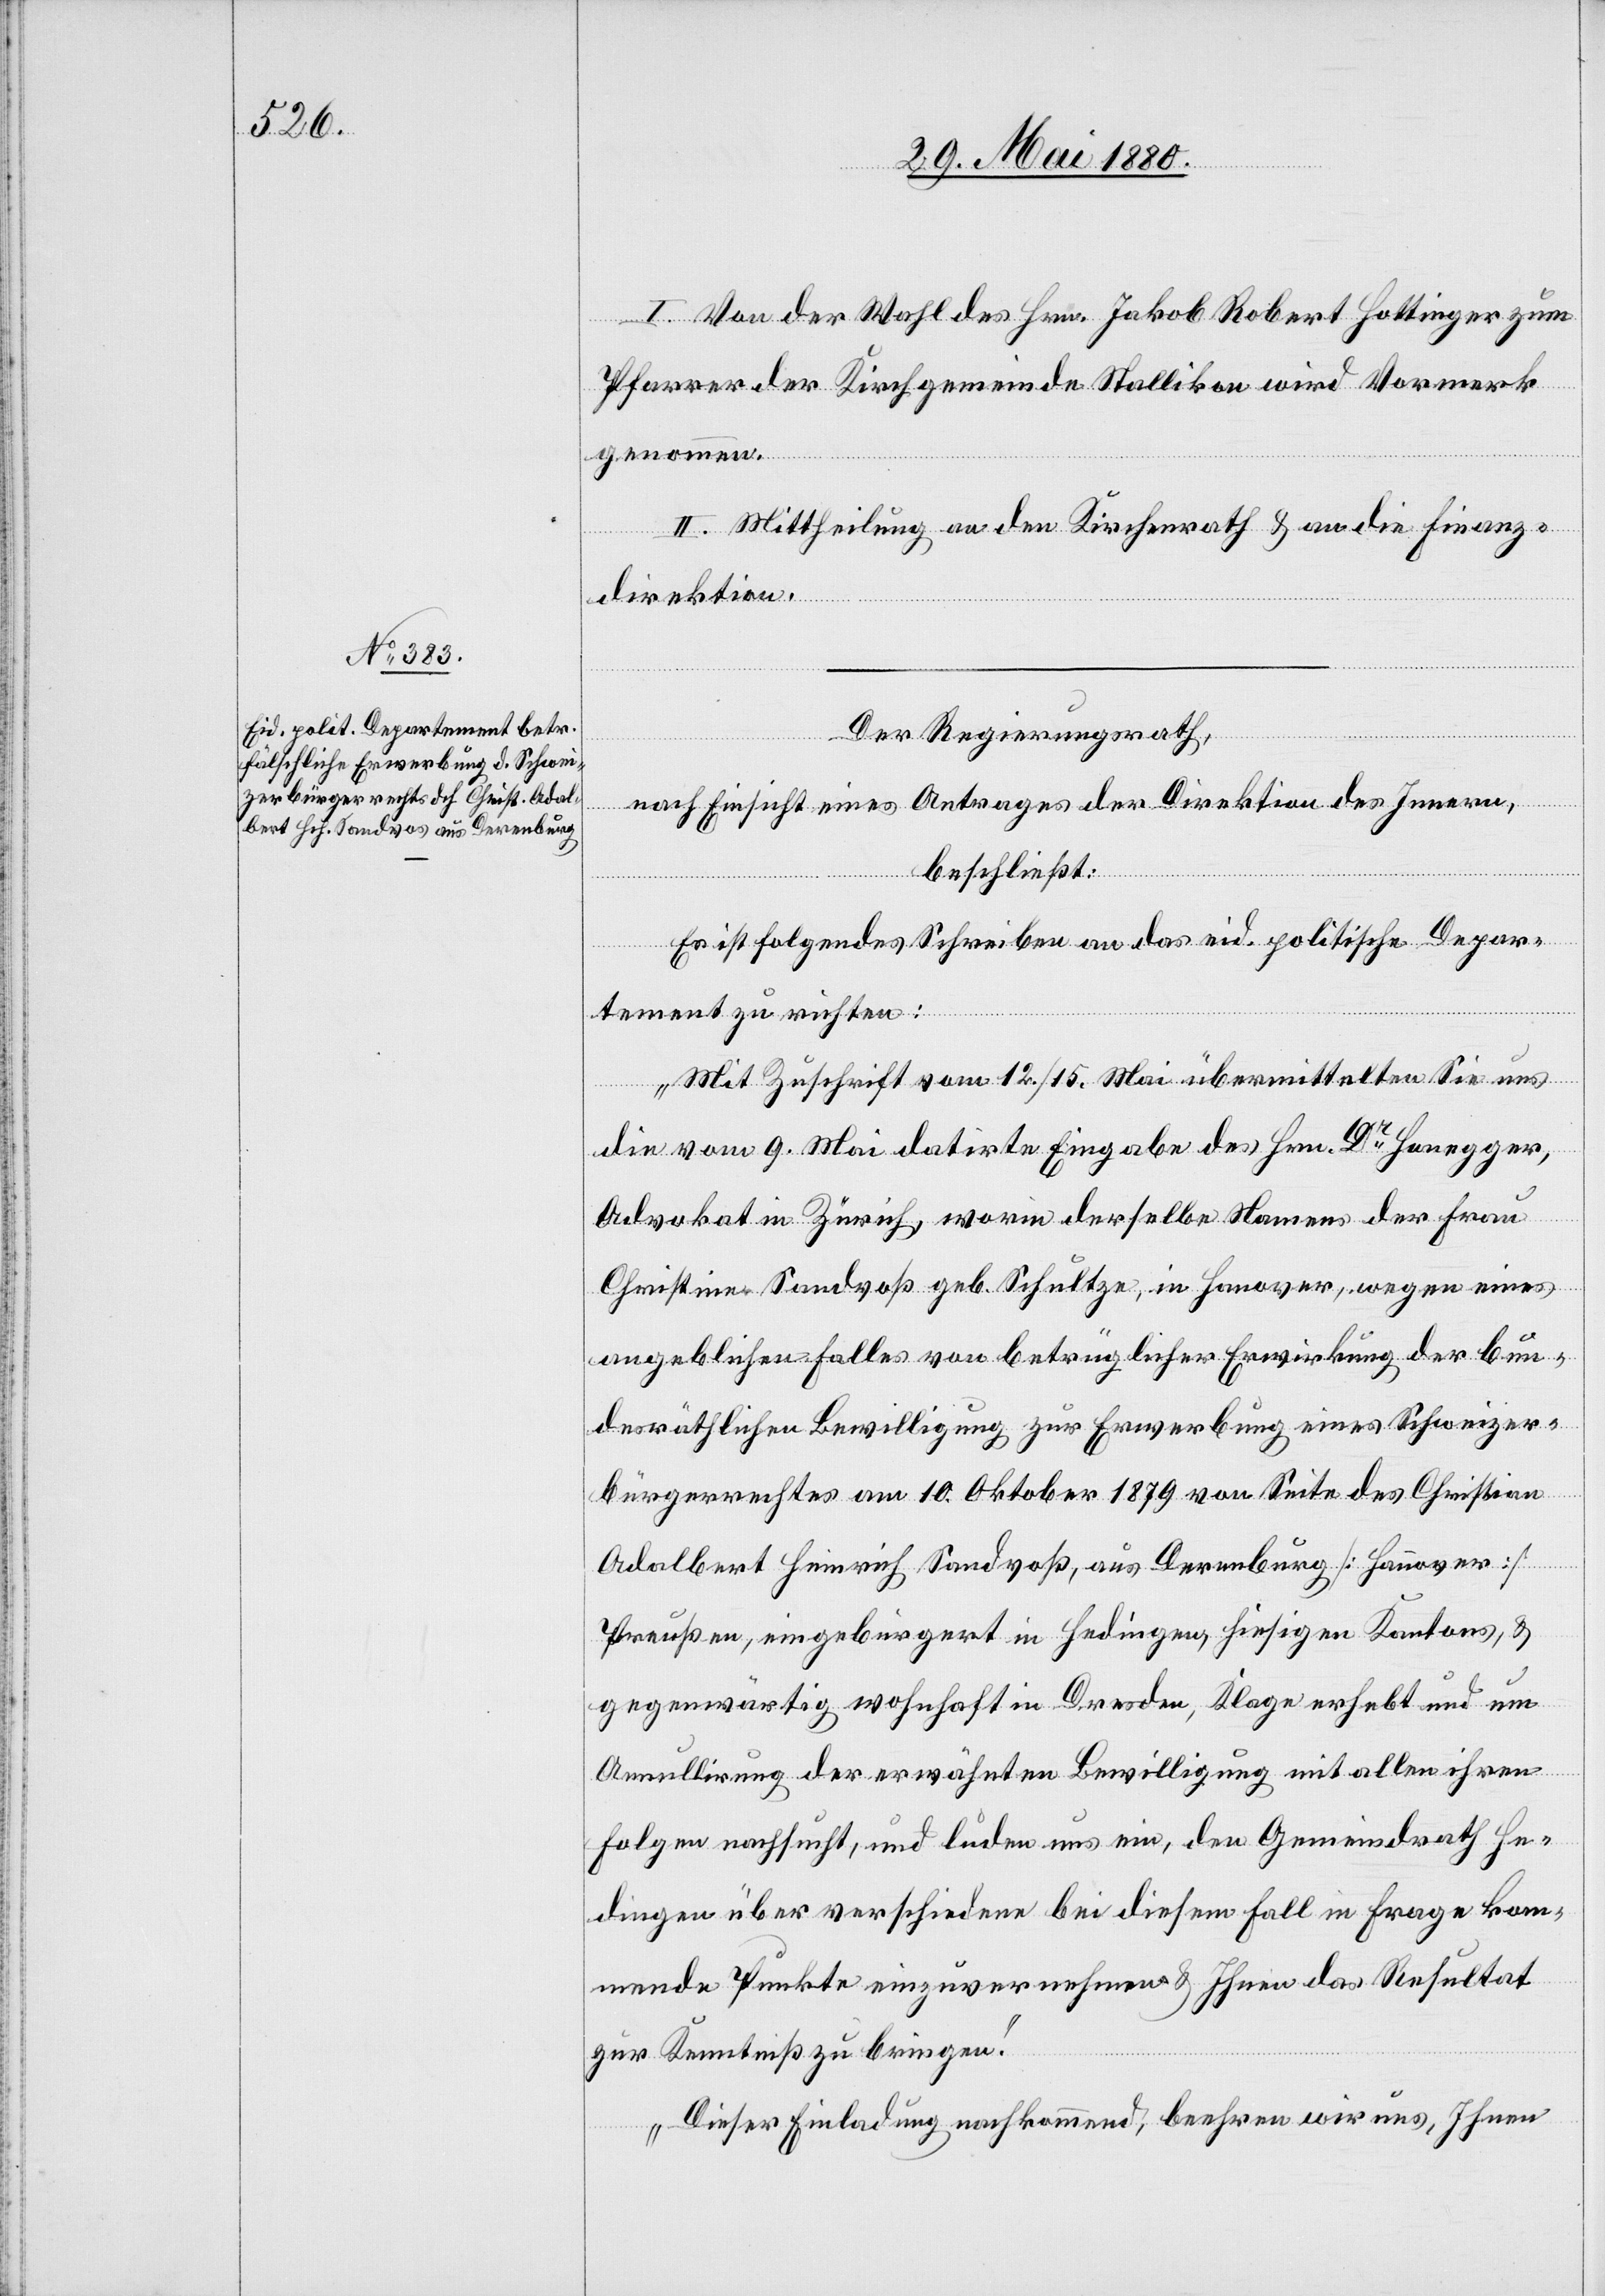
I. Von der Wahl des Hrn. Jakob Robert Hottinger zum
Pfarrer der Kirchgemeinde Stallikon wird Vormerk
II. Mittheilung an den Kirchenrath & an die Finanz¬
direktion.
Der Regierungsrath,
nach Einsicht eines Antrages der Direktion des Innern,
genommen.
beschließt:
Es ist folgendes Schreiben an das eid. politische Depar¬
tement zu richten:
„Mit Zuschrift vom 12./15. Mai übermittelten Sie uns
die vom 9. Mai datirte Eingabe des Hrn. Dr Honegger,
Advokat in Zürich, worin derselbe Namens der Frau
Christine Sandvoß [sic!] geb. Schultze, in Hanover, wegen eines
angeblichen Falles von betrüglicher Erwirkung der bun¬
desräthlichen Bewilligung zur Erwerbung eines Schweizer¬
bürgerrechtes am 10. Oktober 1879 von Seite des Christian
Adalbert Heinrich Sandvoß, aus Derenburg [Hannover
Preußen, eingebürgert in Hedingen, hiesigen Kantons, &
gegenwärtig wohnhaft in Dresden, Klage erhebt und um
Annulirung der erwähnten Bewilligung mit allen ihren
Folgen nachsucht, und luden uns ein, dem Gemeindrath He¬
dingen über verschiedene bei diesem Fall in Frage kom¬
mende Punkte einzuvernehmen & Ihnen das Resultat
zur Kenntniß zu bringen.
Dieser Einladung nachkommend, beehren wir uns, Ihnen